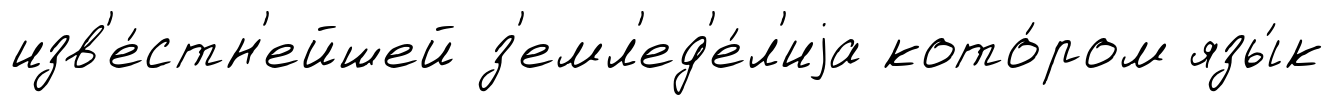
изв'е́стн'ейшей з'емл'ед'е́л'иjа кото́ром язы́к